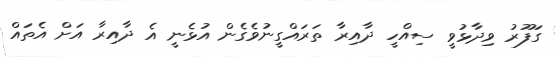
ގަފޫރު ވިދާޅުވީ ސިއްހީ ދާއިރާ ތަރައްގީނުވެގެން އުޅެނީ އެ ދާއިރާ އަށް އެތައް